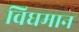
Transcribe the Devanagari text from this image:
विघमान